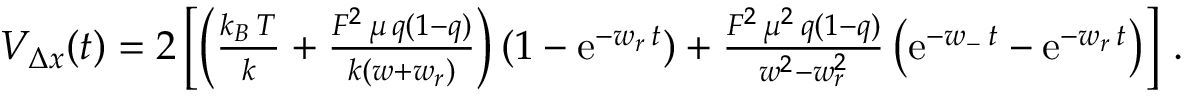
\begin{array} { r } { { \cal V } _ { \Delta x } ( t ) = 2 \left[ \left( \frac { k _ { B } \, T } { k } + \frac { { \cal F } ^ { 2 } \, \mu \, q ( 1 - q ) } { k ( w + w _ { r } ) } \right) ( 1 - \mathrm { e } ^ { - w _ { r } \, t } ) + \frac { { \cal F } ^ { 2 } \, \mu ^ { 2 } \, q ( 1 - q ) } { w ^ { 2 } - w _ { r } ^ { 2 } } \left( \mathrm { e } ^ { - w _ { - } \, t } - \mathrm { e } ^ { - w _ { r } \, t } \right) \right] \, . } \end{array}